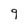
Character: 9